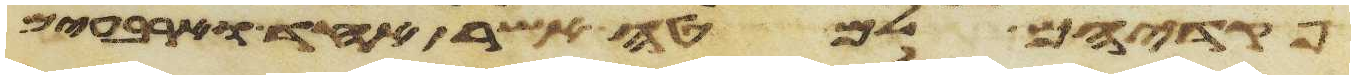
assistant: פקדיהם למטה אשר אחד וארבעים